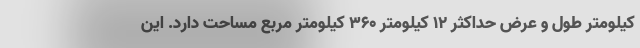
کیلومتر طول و عرض حداکثر ۱۲ کیلومتر ۳۶۰ کیلومتر مربع مساحت دارد. این